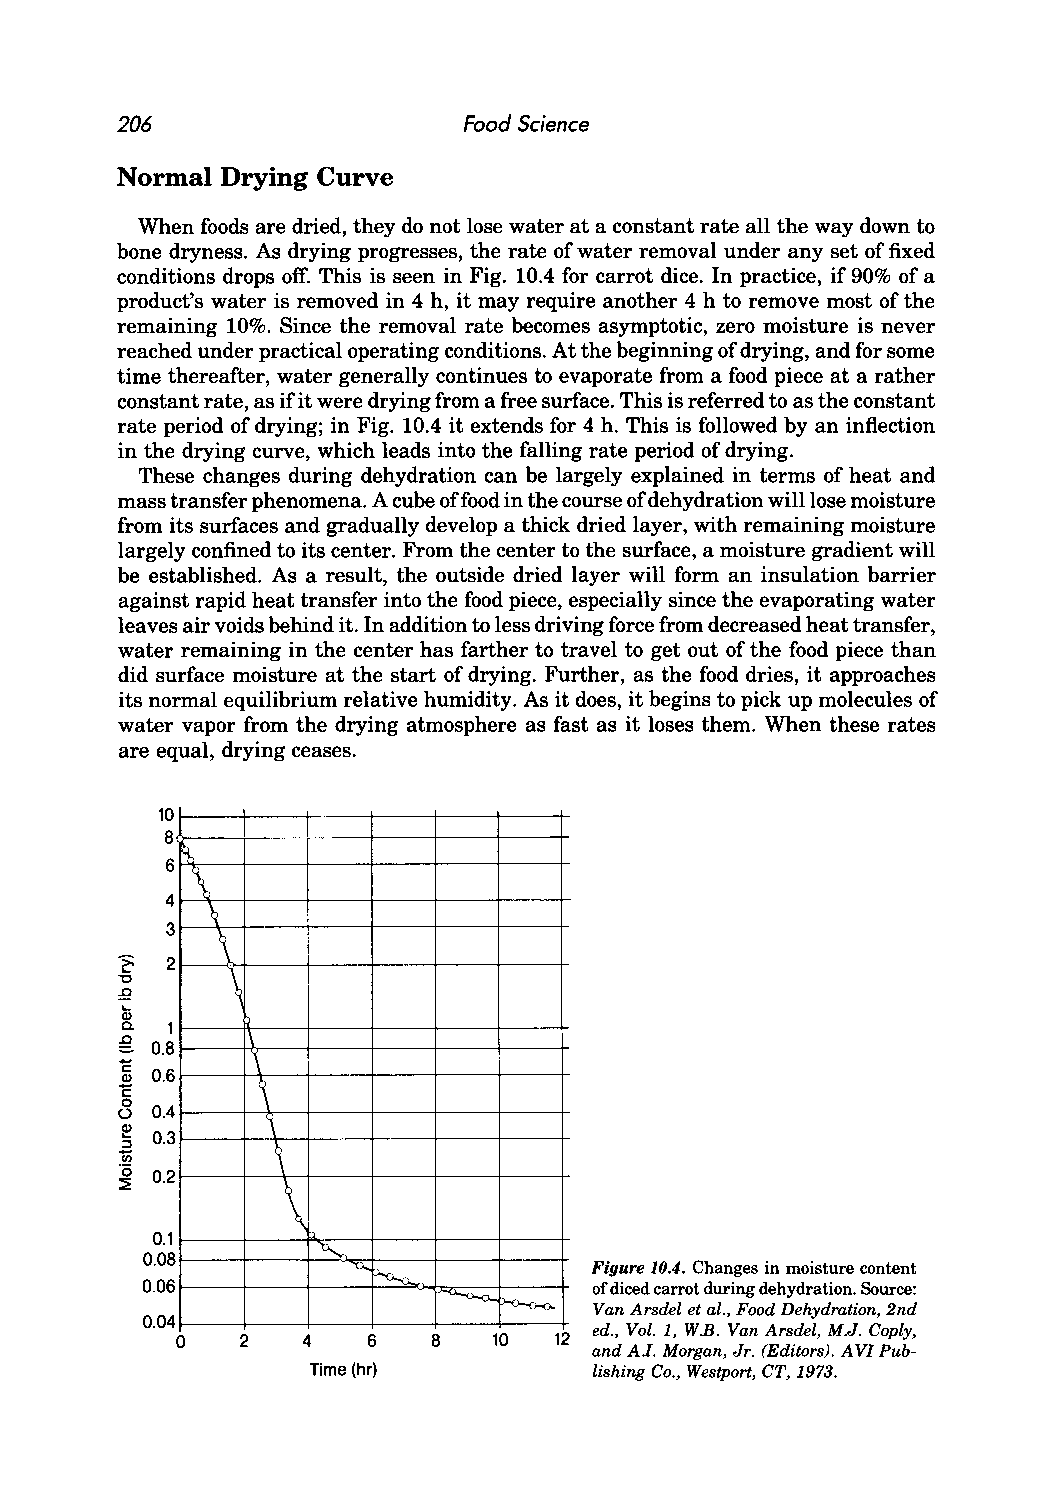
206                    Food Science
 Normal Drying Curve
 When foods are dried, they do not lose water at a constant rate all the way down to
 bone dryness. As drying progresses, the rate of water removal under any set of fixed
 conditions drops off. This is seen in Fig. 10.4 for carrot dice. In practice, if 90% of a
 product's water is removed in 4 h, it may require another 4 h to remove most of the
 remaining 10%. Since the removal rate becomes asymptotic, zero moisture is never
 reached under practical operating conditions. At the beginning of drying, and for some
 time thereafter, water generally continues to evaporate from a food piece at a rather
 constant rate, as ifit were drying from a free surface. This is referred to as the constant
 rate period of drying; in Fig. 10.4 it extends for 4 h. This is followed by an inflection
 in the drying curve, which leads into the falling rate period of drying.
 These changes during dehydration can be largely explained in terms of heat and
 mass transfer phenomena. A cube of food in the course of dehydration will lose moisture
 from its surfaces and gradually develop a thick dried layer, with remaining moisture
 largely confined to its center. From the center to the surface, a moisture gradient will
 be established. As a result, the outside dried layer will form an insulation barrier
 against rapid heat transfer into the food piece, especially since the evaporating water
 leaves air voids behind it. In addition to less driving force from decreased heat transfer,
 water remaining in the center has farther to travel to get out of the food piece than
 did surface moisture at the start of drying. Further, as the food dries, it approaches
 its normal equilibrium relative humidity. As it does, it begins to pick up molecules of
 water vapor from the drying atmosphere as fast as it loses them. When these rates
 are equal, drying ceases.
 10
 8
 ~
 6
 \
 4  q
 3
 \
 ~  2
 \
 "0
 :Q
 Qj
 c. 1
 g       1\
 0.8
 "E       '\ ,
 "Q E) 0.6 _\
 0
 u 0.4
 1
 ~ 0.3
 ::J
 1ii
 '0
 0.2
 ~          \
 0.1
 0.08        ~
 '0.. "'-0...0.. Figure 10.4. Changes in moisture content
 0.06                          of diced carrot during dehydration. Source:
 ~
 ~     Van Arsdel et al., Food Dehydration, 2nd
 0.04
 12 ed., Vol. 1, W B. Van Arsdel, M.J. Coply,
 o   2   4   6    8   10
 and AI. Morgan, Jr. (Editors). A VI Pub
 Time (hr)          lishing Co., Westport, CT, 1973.